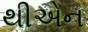
થીએન